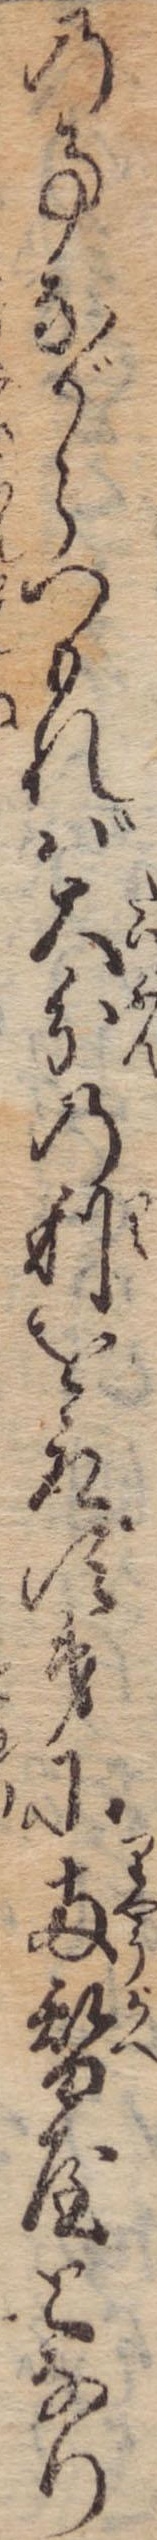
の事ながらつもれば大分の利を取次第に両替屋となり